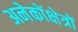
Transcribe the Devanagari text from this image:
अनेकोंक्षेत्रों